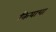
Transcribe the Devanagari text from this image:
कियाचा